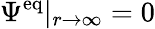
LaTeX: \Psi^{\mathrm{eq}}|_{r\to\infty}=0